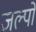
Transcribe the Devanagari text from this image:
जल्पो